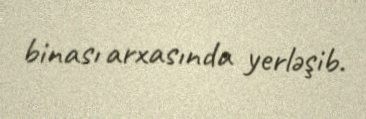
binası arxasında yerləşib.